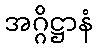
အဂ္ဂိဋ္ဌာနံ